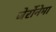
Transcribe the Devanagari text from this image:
जेर्रोनेमा